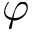
\varphi